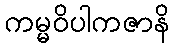
ကမ္မဝိပါကဇာနိ